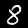
Digit: 8